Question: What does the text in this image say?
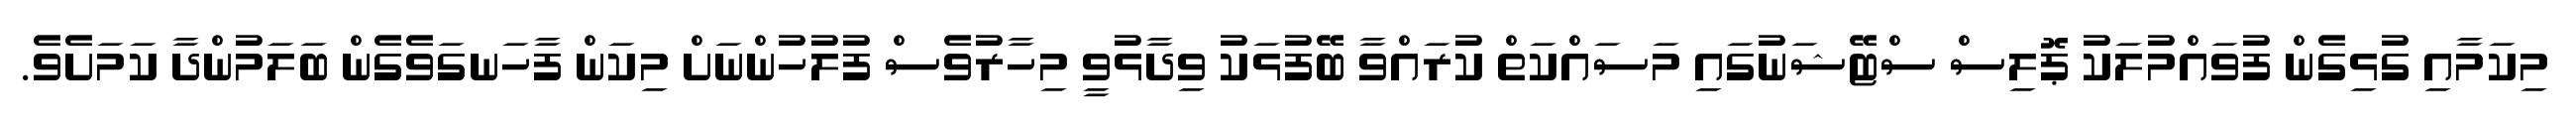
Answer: މިކަމާއި ގުޅިގެން ފުވައްމުލަކު ޕޮލިސް ސްޓޭޝަނުގައި މަސައްކަތް ކުރައްވާ ބޭފުޅަކު ވިދާޅުވީ މިހާރުވެސް ފުލުހުންނަށް މިކަން ފާހަނގަވެގެން ބަލަމުންދާ ކަމަށެވެ.